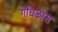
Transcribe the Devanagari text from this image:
गोंधळास